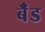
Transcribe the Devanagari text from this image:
बॅँंड